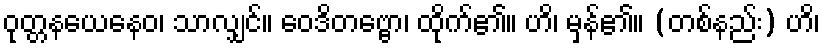
ဝုတ္တနယေနေဝ၊ သာလျှင်။ ဝေဒိတဗ္ဗော၊ ထိုက်၏။ ဟိ၊ မှန်၏။ (တစ်နည်း) ဟိ၊